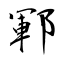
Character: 鄆